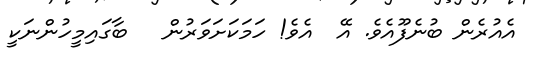
އެއުރެން ބުނެފޫއެވެ. އޭ  އެވެ! ހަމަކަށަވަރުން   ބާގައިމީހުންނަކީ